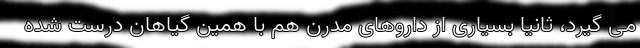
می گیرد، ثانیاً بسیاری از داروهای مدرن هم با همین گیاهان درست شده